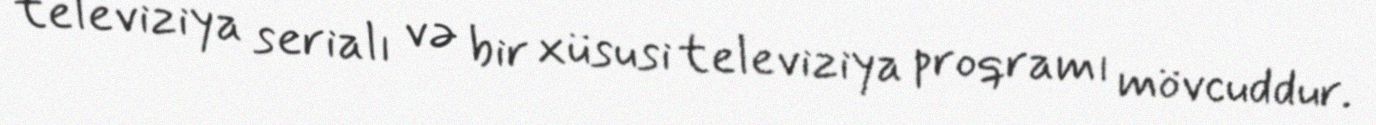
televiziya serialı və bir xüsusi televiziya proqramı mövcuddur.